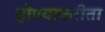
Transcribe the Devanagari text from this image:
होण्याकरीता